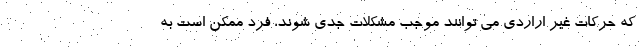
که حرکات غیر اراردی می توانند موجب مشکلات جدی شوند، فرد ممکن است به